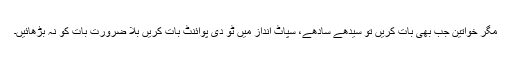
مگر خواتین جب بھی بات کریں تو سیدھے سادھے، سپاٹ انداز میں ٹو دی پوائنٹ بات کریں بلا ضرورت بات کو نہ بڑھائیں۔